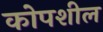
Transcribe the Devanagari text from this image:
कोपशील